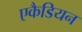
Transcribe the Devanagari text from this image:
एकैडियन